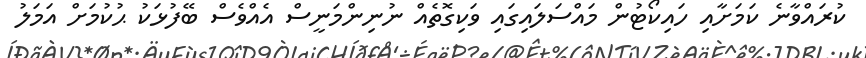
ކުރައްވާނެ ކަމަށާއި ހައިކޯޓުން މައްސަލައިގައި ވަކިގޮތެއް ނުނިންމަނީސް އެއްވެސް ބޭފުޅަކު ޙުކުމަށް އަމަލު